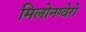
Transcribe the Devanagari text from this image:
मिलोनग्वेरो